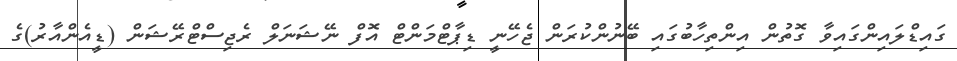
ގައިޑްލައިންގައިވާ ގޮތުން އިންތިހާބުގައި ބޭނުންކުރަން ޖެހޭނީ ޑިޕާޓްމަންޓް އޮފް ނޭޝަނަލް ރެޖިސްޓްރޭޝަން (ޑީއެންއާރު)ގެ